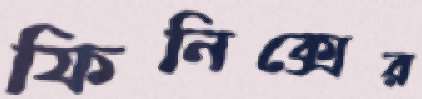
ফিনিক্সের